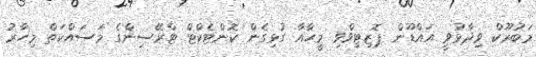
މަބުރޫކް ވިދާޅުވީ އައްޑޫން ޕޮޒިޓިވްވި މީހާއާ ގުޅިގެން ކޮންޓެކްޓް ޓްރޭސިންގެ މަސައްކަތް މިހާރު